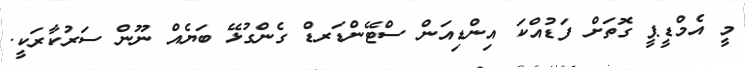
މީ އެމްޑީޕީ ގޮތަށް ފަޑުއްކަ އިންޑިއަން ސްޓޭންޑަރޑް ގެންގުޅޭ ބަޔެއް ނޫން ސަރުކާރަކީ.